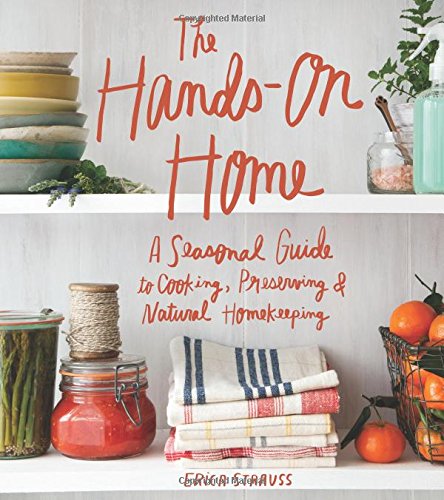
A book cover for The Hands-On Home: A Seasonal Guide to Cooking, Preserving & Natural Homekeeping; Erica Strauss; Cookbooks, Food & Wine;